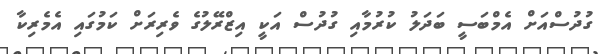
ގުދުސްއަށް އެމްބަސީ ބަދަލު ކުރުމާއި ގުދުސް އަކީ އިޒްރޭލުގެ ވެރިރަށް ކަމުގައި އެމެރިކާ